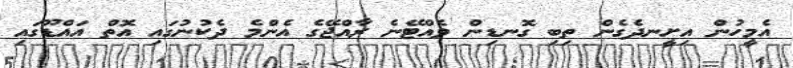
އެމީހުން އިށީނދެގެން ތިބި ގޮނޑިން ވެއްޓޭނެ ރާއްޖޭގެ އެންމެ ދެކުނުގައި އޮތް އައްޑޫގައި